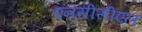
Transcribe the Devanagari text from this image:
एनसीसीएल